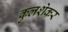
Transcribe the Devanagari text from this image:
कुलशेकर